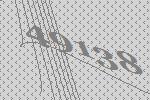
49138